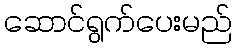
ဆောင်ရွက်ပေးမည်